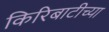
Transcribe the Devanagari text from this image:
किरिबाटीच्या